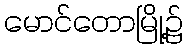
မောင်တောမြို့၌